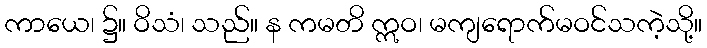
ကာယေ၊ ၌။ ဝိသံ၊ သည်။ န ကမတိ ဣဝ၊ မကျရောက်မဝင်သကဲ့သို့။